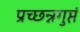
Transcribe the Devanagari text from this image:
प्रच्छन्नगुप्तं